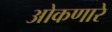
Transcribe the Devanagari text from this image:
ओकणारे